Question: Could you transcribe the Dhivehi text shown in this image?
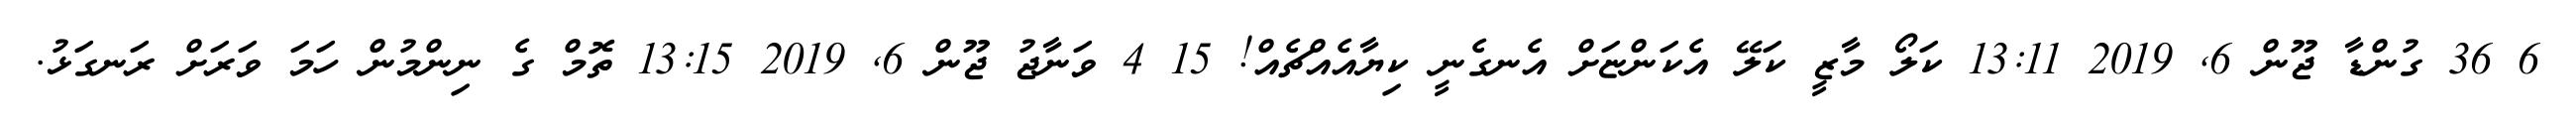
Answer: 6 36 ގުންޑާ ޖޫން 6, 2019 13:11 ކަލޯ މާޒީ ކަލޭ އެކަންޏަށް އެނގެނީ ކިޔާއެއްޗެއް! 15 4 ވަނާޖު ޖޫން 6, 2019 13:15 ތޮމް ގެ ނިންމުން ހަމަ ވަރަށް ރަނގަޅު.